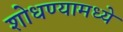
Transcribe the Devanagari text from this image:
शोधण्यामध्ये